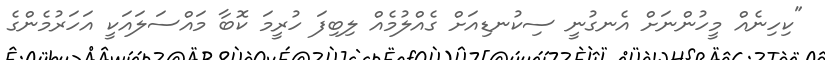
"ކިހިނެއް މީހުންނަށް އެނގުނީ ސިކުނޑިއަށް ގެއްލުމެއް ލިބިފަ ހުރީމަ ކޮބާ މައްސަލައަކީ އަހަރުމެންގެ